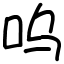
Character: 呜